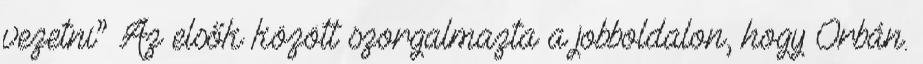
vezetni” Az elsők között szorgalmazta a jobboldalon, hogy Orbán.